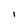
Character: i